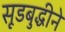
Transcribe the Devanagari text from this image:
सूडबुद्धीने